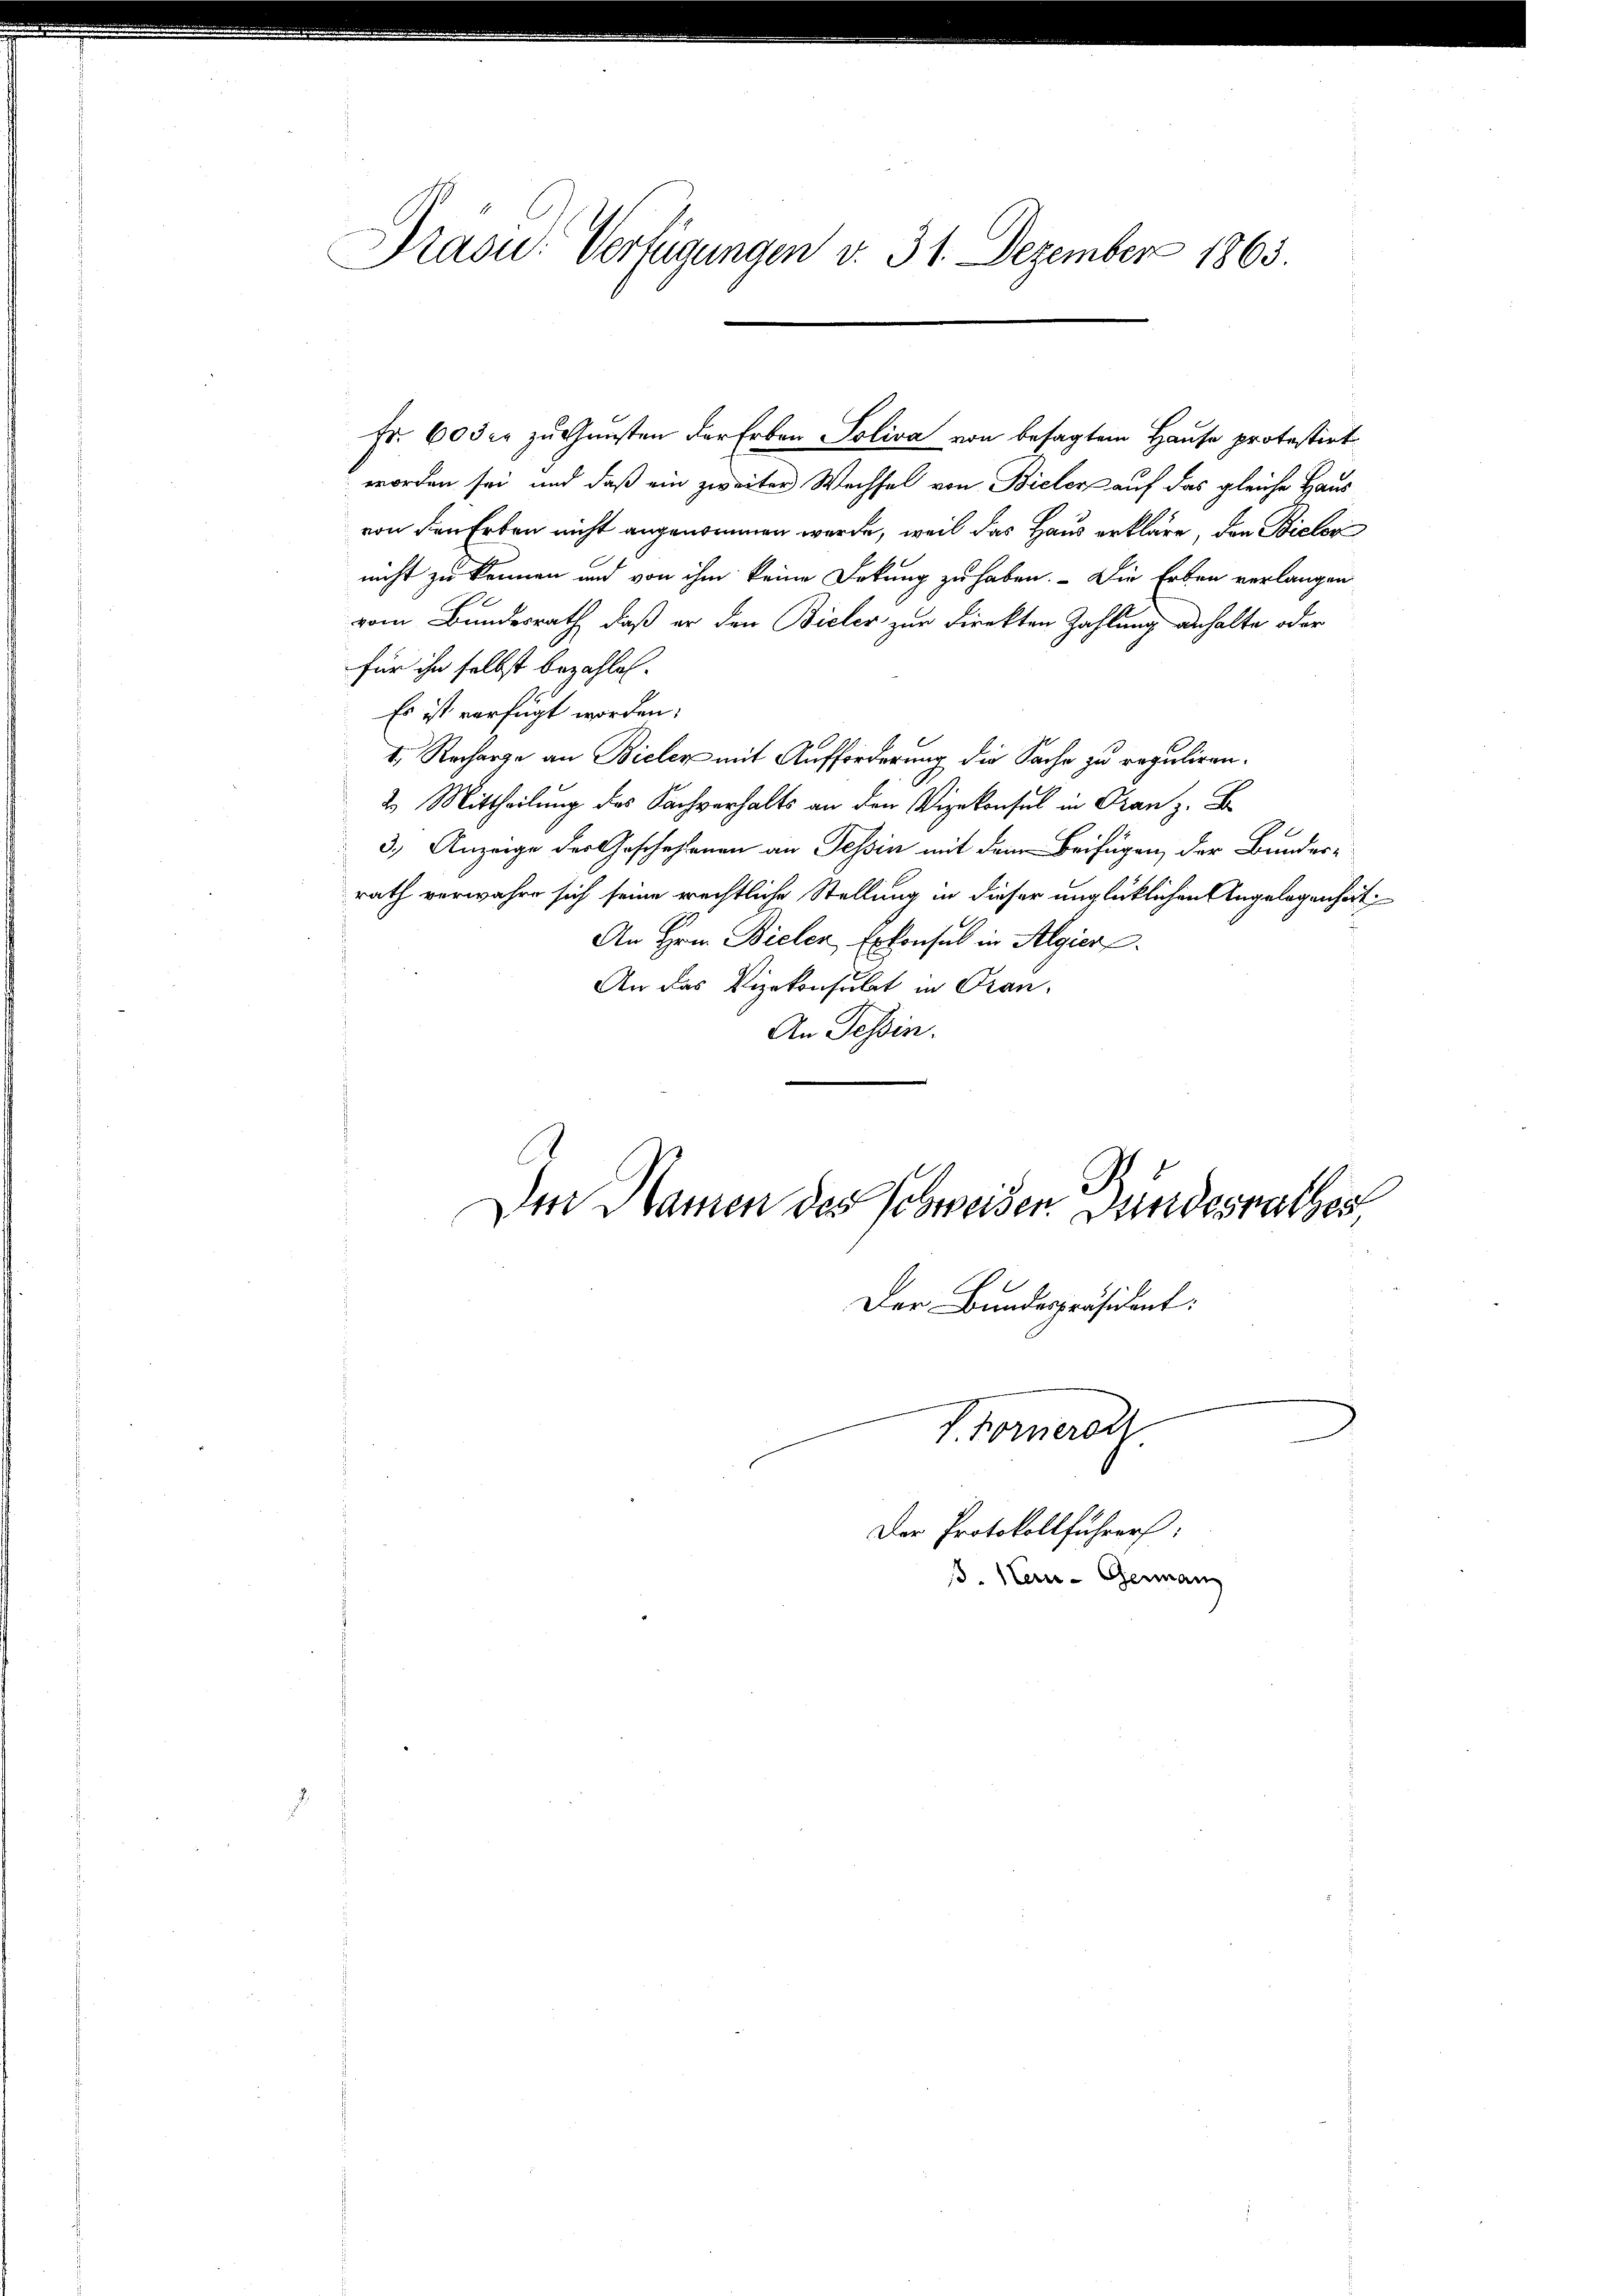
Drasu: Verfügungen v. 31. Dezember 1863.

Fr. 603 fr zu Gunsten der Erben Soliva von besagtem Hause protestirt
worden sei, und daß ein zweiter Wechsel von Bieler auf das gleiche Haus
von den Erben nicht angenommen werde, weil das Haus erkläre, den Bielor
nicht zu können und von ihm keine Dekung zu haben. - Die Erben verlangen
vom Bundesrath, daß er den Bieler zur Direkten Zahlung anhalte oder
für ihn selbst bezahlen.
Es ist verfügt worden:
4. Recharge an Bieler mit Aufforderung die Sache zu reguliren.
2. Mittheilung des Sachverhalts an den Vizekonsul in Franz. B
3.) Anzeige der Geschehlenen an Tessin mit dem Beifügen der Bundesrath verwahre sich seine rechtliche Stellung in dieser unglücklichen Angelegenheit
An Hrn. Bielen Erkonsul in Algier
An das Vizekonsulat in Pran-
An Tessin.

Ien Namen des Schweisen Bundesrathes,

Der Bundespräsident:
F. Fornerolz
Der Protokollführer:
B. Neu-German